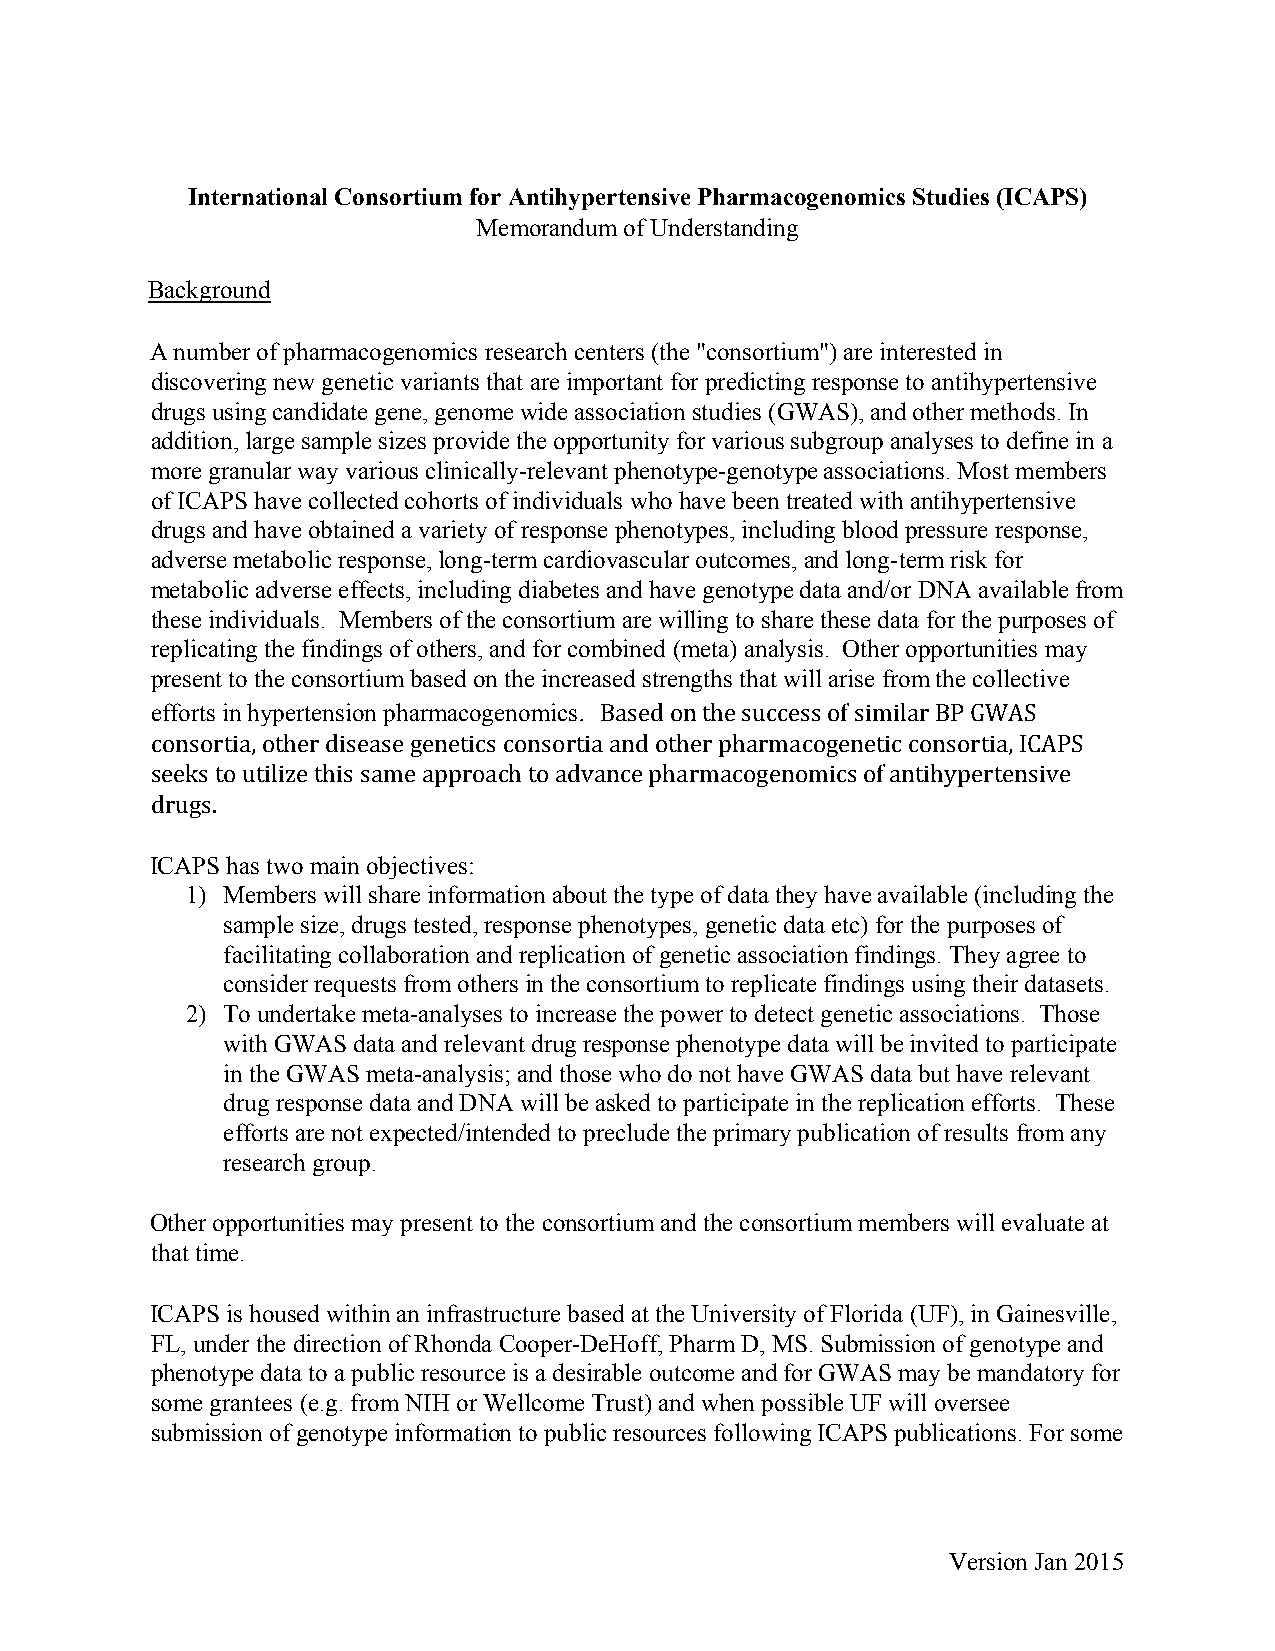
International Consortium for Antihypertensive Pharmacogenomics Studies (ICAPS)
 Memorandum of Understanding
 Background
 A number of pharmacogenomics research centers (the "consortium") are interested in
 discovering new genetic variants that are important for predicting response to antihypertensive
 drugs using candidate gene, genome wide association studies (GWAS), and other methods. In
 addition, large sample sizes provide the opportunity for various subgroup analyses to define in a
 more granular way various clinically-relevant phenotype-genotype associations. Most members
 of ICAPS have collected cohorts of individuals who have been treated with antihypertensive
 drugs and have obtained a variety of response phenotypes, including blood pressure response,
 adverse metabolic response, long-term cardiovascular outcomes, and long-term risk for
 metabolic adverse effects, including diabetes and have genotype data and/or DNA available from
 these individuals. Members of the consortium are willing to share these data for the purposes of
 replicating the findings of others, and for combined (meta) analysis. Other opportunities may
 present to the consortium based on the increased strengths that will arise from the collective
 efforts in hypertension pharmacogenomics. Based on the success of similar BP GWAS
 consortia, other disease genetics consortia and other pharmacogenetic consortia, ICAPS
 seeks to utilize this same approach to advance pharmacogenomics of antihypertensive
 drugs.
 ICAPS has two main objectives:
 1) Members will share information about the type of data they have available (including the
 sample size, drugs tested, response phenotypes, genetic data etc) for the purposes of
 facilitating collaboration and replication of genetic association findings. They agree to
 consider requests from others in the consortium to replicate findings using their datasets.
 2) To undertake meta-analyses to increase the power to detect genetic associations. Those
 with GWAS data and relevant drug response phenotype data will be invited to participate
 in the GWAS meta-analysis; and those who do not have GWAS data but have relevant
 drug response data and DNA will be asked to participate in the replication efforts. These
 efforts are not expected/intended to preclude the primary publication of results from any
 research group.
 Other opportunities may present to the consortium and the consortium members will evaluate at
 that time.
 ICAPS is housed within an infrastructure based at the University of Florida (UF), in Gainesville,
 FL, under the direction of Rhonda Cooper-DeHoff, Pharm D, MS. Submission of genotype and
 phenotype data to a public resource is a desirable outcome and for GWAS may be mandatory for
 some grantees (e.g. from NIH or Wellcome Trust) and when possible UF will oversee
 submission of genotype information to public resources following ICAPS publications. For some
 Version Jan 2015